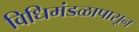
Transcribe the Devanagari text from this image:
विधिमंडळापासून